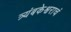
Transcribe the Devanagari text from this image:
त्र्यंबकेश्वराचं